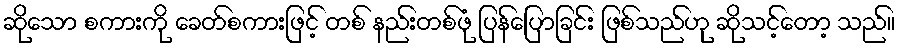
ဆိုသော စကားကို ခေတ်စကားဖြင့် တစ် နည်းတစ်ဖုံ ပြန်ပြောခြင်း ဖြစ်သည်ဟု ဆိုသင့်တော့ သည်။